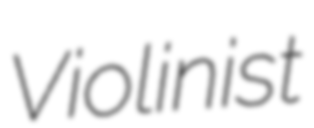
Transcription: Violinist